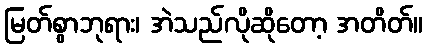
မြတ်စွာဘုရား၊ အဲသည်လိုဆိုတော့ အတိတ်။